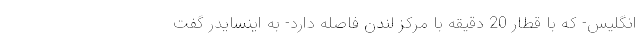
انگلیس- که با قطار 20 دقیقه با مرکز لندن فاصله دارد- به اینسایدر گفت